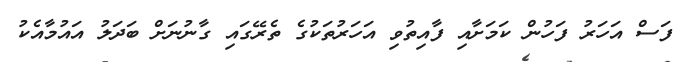
ފަސް އަހަރު ފަހުން ކަމަށާއި ފާއިތުވި އަހަރުތަކުގެ ތެރޭގައި ގާނުނަށް ބަދަލު އައުމާއެކު